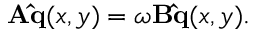
\mathbf { A } \mathbf { \hat { q } } ( x , y ) = \omega \mathbf { B } \mathbf { \hat { q } } ( x , y ) .